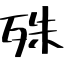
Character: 殊